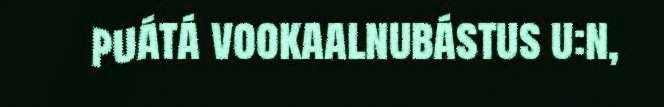
puátá vookaalnubástus u:n,